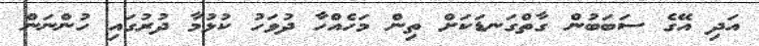
އަދި އޭގެ ސަބަބުން ގާތްގަނޑަކަށް ތިން މަހެއްހާ ދުވަހު ކުޅުމާ ދުރުގައި ހުންނަން